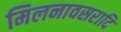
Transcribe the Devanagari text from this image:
मिलनावसरादि